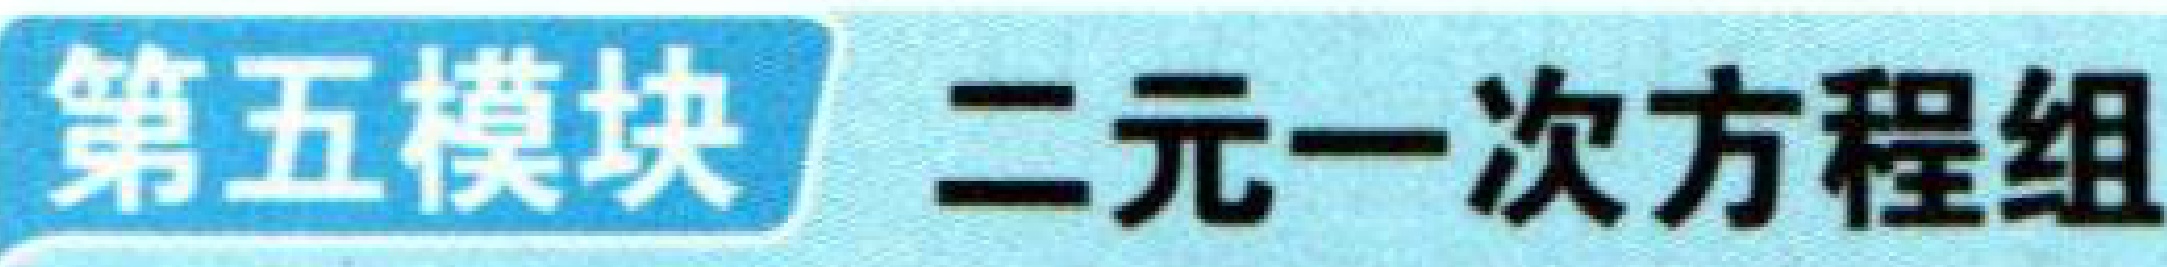
第五模块  二元一次方程组